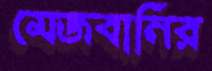
মেজবানির